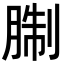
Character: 𦜋